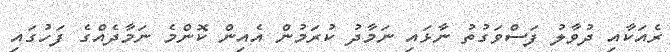
ރެއަކާއި ދުވާލު ފަސްވަގުތު ނާޅައި ނަމާދު ކުރަމުން އެއިން ކޮންމެ ނަމާދެއްގެ ފަހުގައި